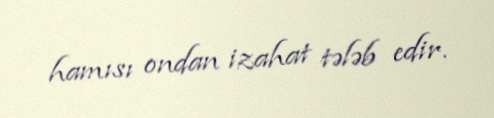
hamısı ondan izahat tələb edir.